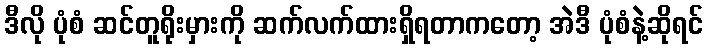
ဒီလို ပုံစံ ဆင်တူရိုးမှားကို ဆက်လက်ထားရှိရတာကတော့ အဲဒီ ပုံစံနဲ့ဆိုရင်